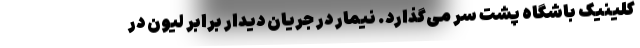
کلینیک باشگاه پشت سر می‌گذارد. نیمار در جریان دیدار برابر لیون در